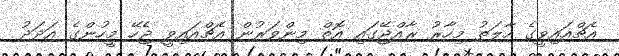
އެޗްއައިވީގެ ހާލަތު މިހާރު ރާއްޖޭގައި އޮތް މިންވަރުން އެޗްއައިވީ ޖެހޭ މީހުންގެ އަދަދު